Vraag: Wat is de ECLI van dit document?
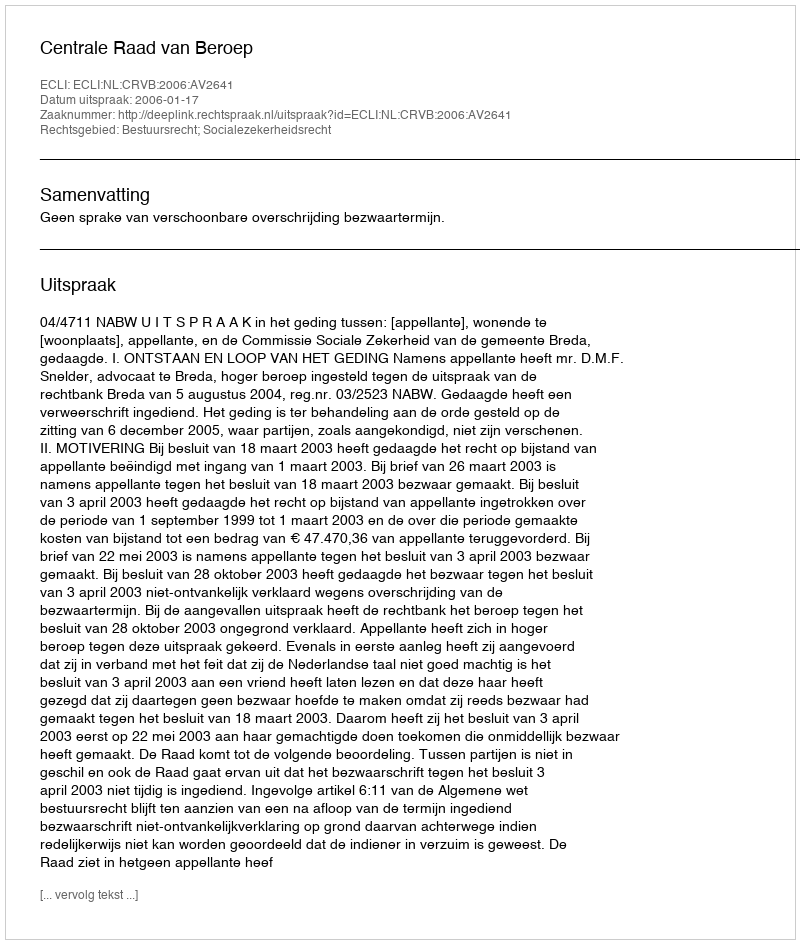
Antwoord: ECLI:NL:CRVB:2006:AV2641